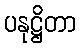
ပနုဋ္ဌိတာ